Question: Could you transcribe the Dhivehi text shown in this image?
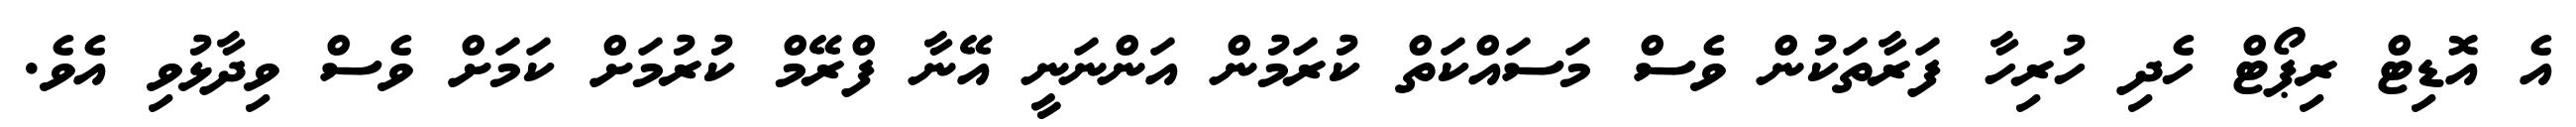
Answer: އެ އޮޑިޓް ރިޕޯޓް ހެދި ހުރިހާ ފަރާތަކުން ވެސް މަސައްކަތް ކުރަމުން އަންނަނީ އޭނާ ފްރޭމް ކުރުމަށް ކަމަށް ވެސް ވިދާޅުވި އެވެ.